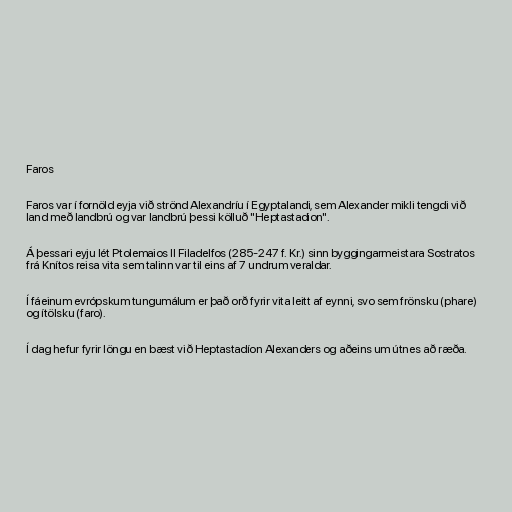
Faros

Faros var í fornöld eyja við strönd Alexandríu í Egyptalandi, sem Alexander mikli tengdi við
land með landbrú og var landbrú þessi kölluð "Heptastadion".

Á þessari eyju lét Ptolemaios II Filadelfos (285-247 f. Kr.) sinn byggingarmeistara Sostratos
frá Knítos reisa vita sem talinn var til eins af 7 undrum veraldar.

Í fáeinum evrópskum tungumálum er það orð fyrir vita leitt af eynni, svo sem frönsku (phare)
og ítölsku (faro).

Í dag hefur fyrir löngu en bæst við Heptastadíon Alexanders og aðeins um útnes að ræða.